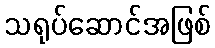
သရုပ်ဆောင်အဖြစ်